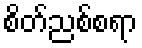
စိတ်ညစ်စရာ